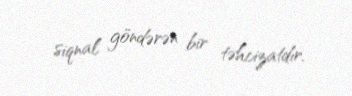
siqnal göndərən bir təhcizatdır.